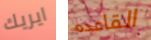
ايريك القاعده